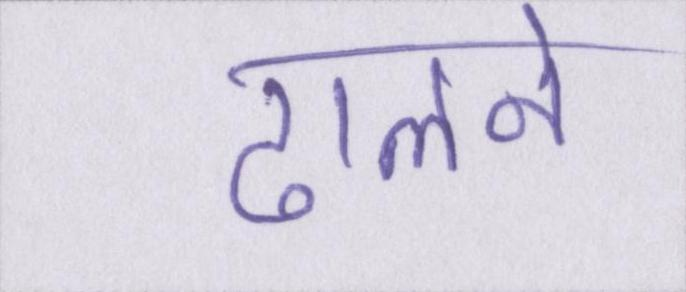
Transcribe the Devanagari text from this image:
ढालने